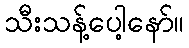
သီးသန့်ပေါ့နော်။